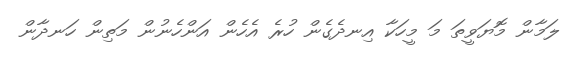
ލަމާން މޮޔަވީތަ މަ މީހަކާ އިނދެގެން ހުރެ އެހެން އަންހެނުން މަތިން ހަނދާން